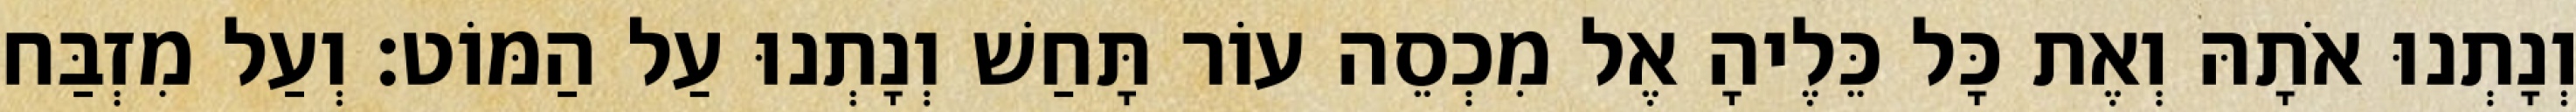
וְנָתְנוּ אֹתָהּ וְאֶת כָּל כֵּלֶיהָ אֶל מִכְסֵה עוֹר תָּחַשׁ וְנָתְנוּ עַל הַמּוֹט׃ וְעַל מִזְבַּח